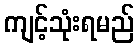
ကျင့်သုံးရမည်